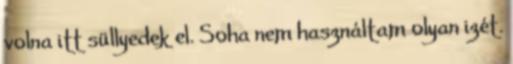
volna itt süllyedek el. Soha nem használtam olyan izét.